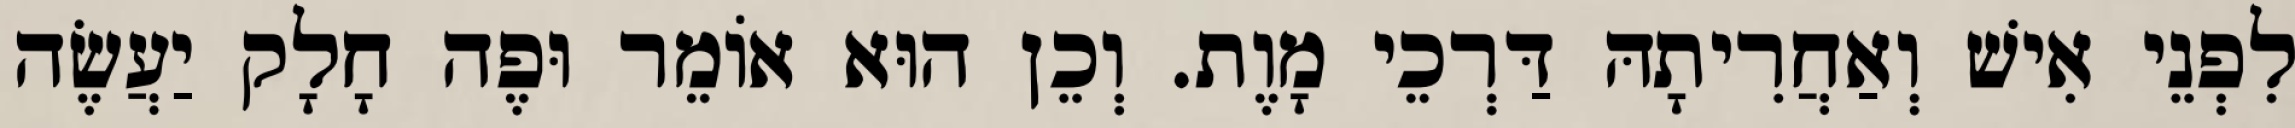
לִפְנֵי אִישׁ וְאַחֲרִיתָהּ דַּרְכֵי מָוֶת. וְכֵן הוּא אוֹמֵר וּפֶה חָלָק יַעֲשֶׂה